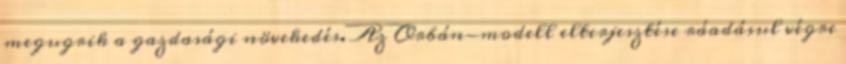
megugrik a gazdasági növekedés. Az Orbán-modell elterjesztése ráadásul végre